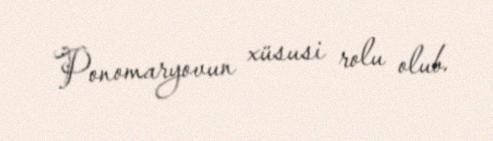
Ponomaryovun xüsusi rolu olub.